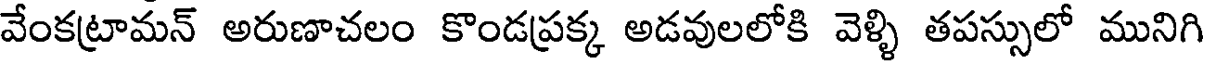
వేంకట్రామన్ అరుణాచలం కొండప్రక్క అడవులలోకి వెళ్ళి తపస్సులో మునిగి